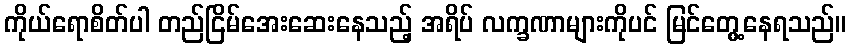
ကိုယ်ရောစိတ်ပါ တည်ငြိမ်အေးဆေးနေသည့် အရိပ် လက္ခဏာများကိုပင် မြင်တွေ့နေရသည်။